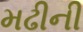
મઢીની